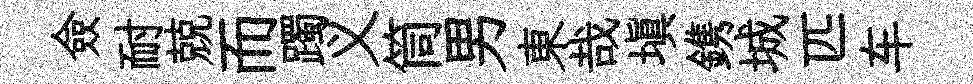
僉耐兢而躅义筒男東哉填鎸城匹车